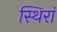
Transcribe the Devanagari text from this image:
स्थिरां